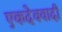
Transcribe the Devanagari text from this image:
एकदेववादी